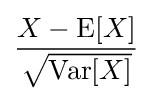
{\frac {X-\operatorname {E} [X]}{\sqrt {\operatorname {Var} [X]}}}